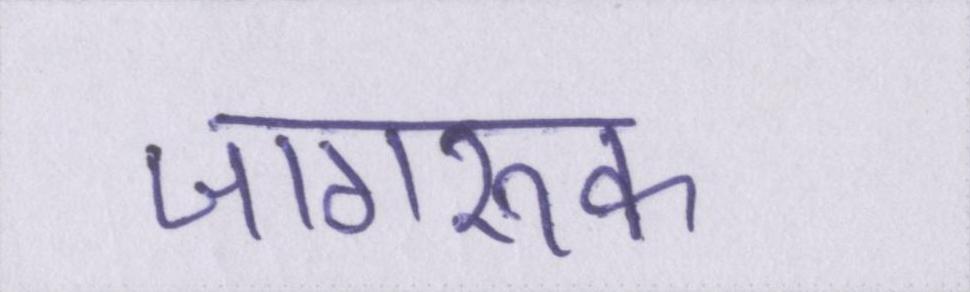
जागरूक